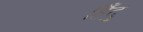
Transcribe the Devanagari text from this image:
हिँदु